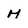
Character: M